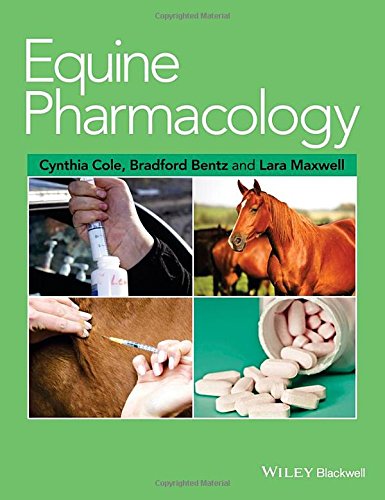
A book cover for Equine Pharmacology; Medical Books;